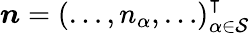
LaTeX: \boldsymbol n=(\dots,n_{\alpha},\dots)_{\alpha\in\mathcal S}^{\intercal}